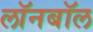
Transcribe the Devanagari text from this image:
लॉनबॉल